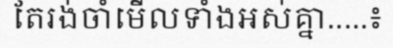
តែរង់ចាំមើលទាំងអស់គ្នា.....៖